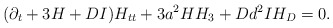
\begin{align*}(\partial_t + 3 H +DI) H_{tt} + 3 a^2H H_{3} +D d^2 I H_D=0. \end{align*}